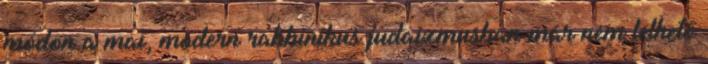
módon a mai, modern rabbinikus judaizmusban már nem lelhető